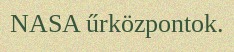
NASA űrközpontok.